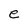
Character: e